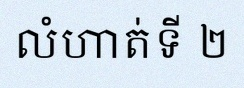
លំហាត់ទី ២